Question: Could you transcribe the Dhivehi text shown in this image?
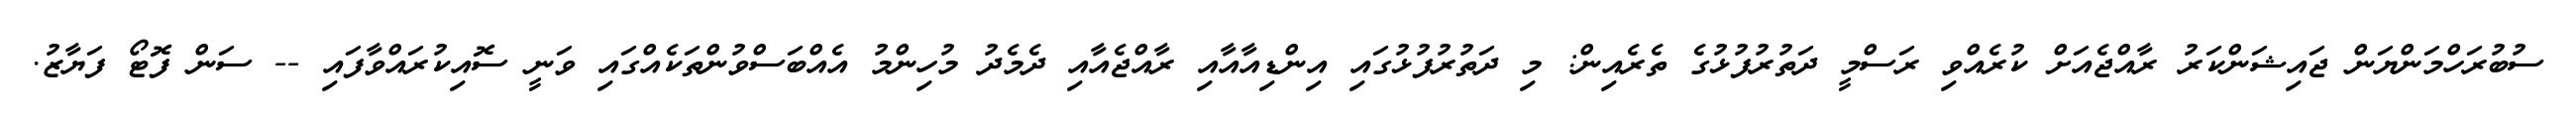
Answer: ސުބުރަހްމަންޔަން ޖައިޝަންކަރު ރާއްޖެއަށް ކުރެއްވި ރަސްމީ ދަތުރުފުޅުގެ ތެރެއިން: މި ދަތުރުފުޅުގައި އިންޑިއާއާއި ރާއްޖެއާއި ދެމެދު މުހިންމު އެއްބަސްވުންތަކެއްގައި ވަނީ ސޮއިކުރައްވާފައި -- ސަން ފޮޓޯ ފަޔާޒު.